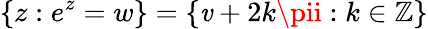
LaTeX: \left\{ z:e^{z}=w\right\} =\{ \mathit{v}+2k\pii:k\in\mathbb{{Z}}\}